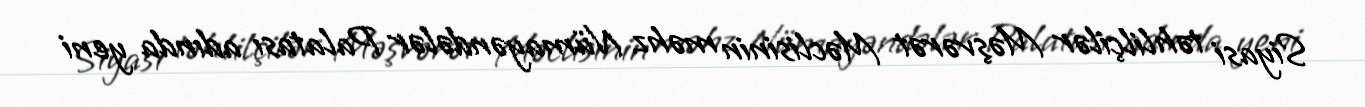
Siyasi təhlilçilər Məşvərət Məclisinin məhz Nümayəndələr Palatası adında yeni